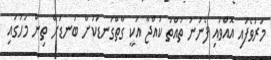
މަރުވެފައި އޮއްވައި ފެނުނު ތުއްތު ކުއްޖާ އަކީ ގާތްގަނޑަކަށް ބަނޑަށް ތިން މަހުގައި